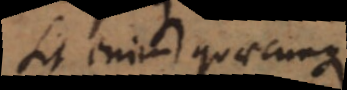
Sit enim quaecunque